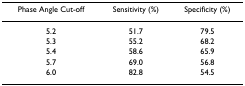
<table><thead><tr><td><b>Phase Angle Cut-off</b></td><td><b>Sensitivity (%)</b></td><td><b>Specificity (%)</b></td></tr></thead><tbody><tr><td>5.2</td><td>51.7</td><td>79.5</td></tr><tr><td>5.3</td><td>55.2</td><td>68.2</td></tr><tr><td>5.4</td><td>58.6</td><td>65.9</td></tr><tr><td>5.7</td><td>69.0</td><td>56.8</td></tr><tr><td>6.0</td><td>82.8</td><td>54.5</td></tr></tbody></table>